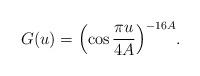
LaTeX: \begin{align*}G(u)=\Bigl(\cos\frac{\pi u}{4A}\Bigr)^{-16 A}.\end{align*}